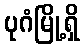
ပုဂံမြို့ရှိ